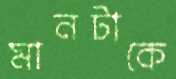
মানটাকে